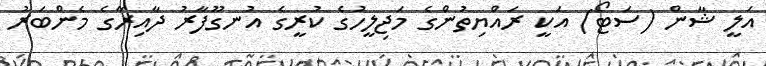
އަލީ ޝާން (ސަޓޯ) އަކީ ރައްޔިތުންގެ މަޖިލީހުގެ ކުރީގެ އުނގޫފާރު ދާއިރާގެ މެންބަރު